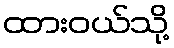
ထားဝယ်သို့